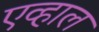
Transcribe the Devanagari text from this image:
एव्हाल